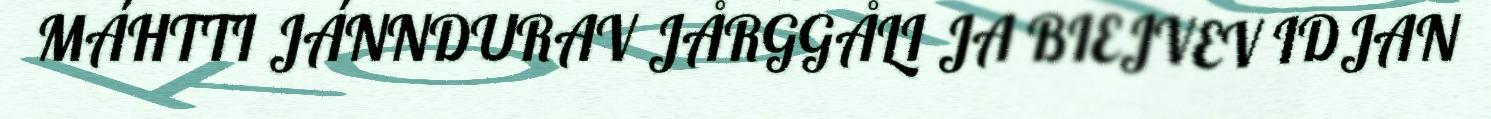
MÁHTTI JÁNNDURAV JÅRGGÅLI JA BIEJVEV IDJAN